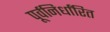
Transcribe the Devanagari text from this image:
पूर्वनिर्धांरित